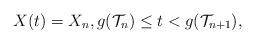
LaTeX: \begin{align*}X(t) = X_n, g(\mathcal{T}_n) \leq t < g(\mathcal{T}_{n+1}),\end{align*}